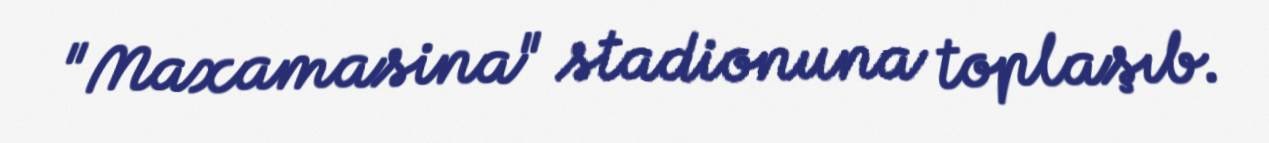
"Maxamasina" stadionuna toplaşıb.